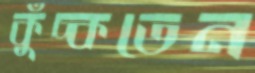
কুঁচ্‌কতেন